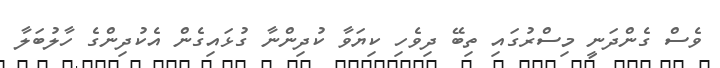
ވެސް ގެންދަނީ މިސްރުގައި ތިބޭ ދިވެހި ކިޔަވާ ކުދިންނާ ގުޅައިގެން އެކުދިންގެ ހާލުބަލާ